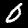
Digit: 0